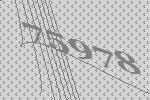
75978